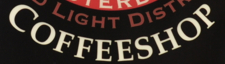
COFFEESHOP